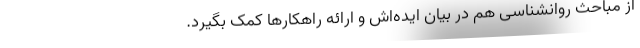
از مباحث روانشناسی هم در بیان ایده‌اش و ارائه راهکارها کمک بگیرد.